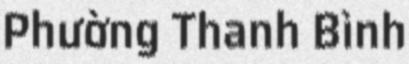
Phường Thanh Bình